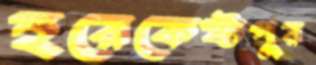
হরেকেষ্টপুর